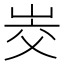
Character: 𰎜